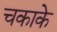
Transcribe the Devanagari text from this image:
चकाके